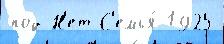
под Н'ет С'емья́ 1925